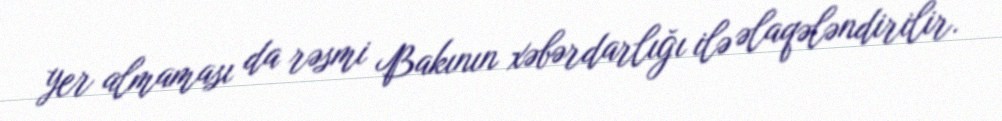
yer almaması da rəsmi Bakının xəbərdarlığı ilə əlaqələndirilir.